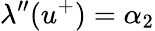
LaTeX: \lambda^{\prime\prime}(u^{+})=\alpha_{2}